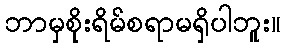
ဘာမှစိုးရိမ်စရာမရှိပါဘူး။